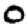
Digit: 0